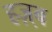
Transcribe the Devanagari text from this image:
हज़्ब